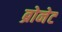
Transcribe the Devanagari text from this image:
ब्रोनेट